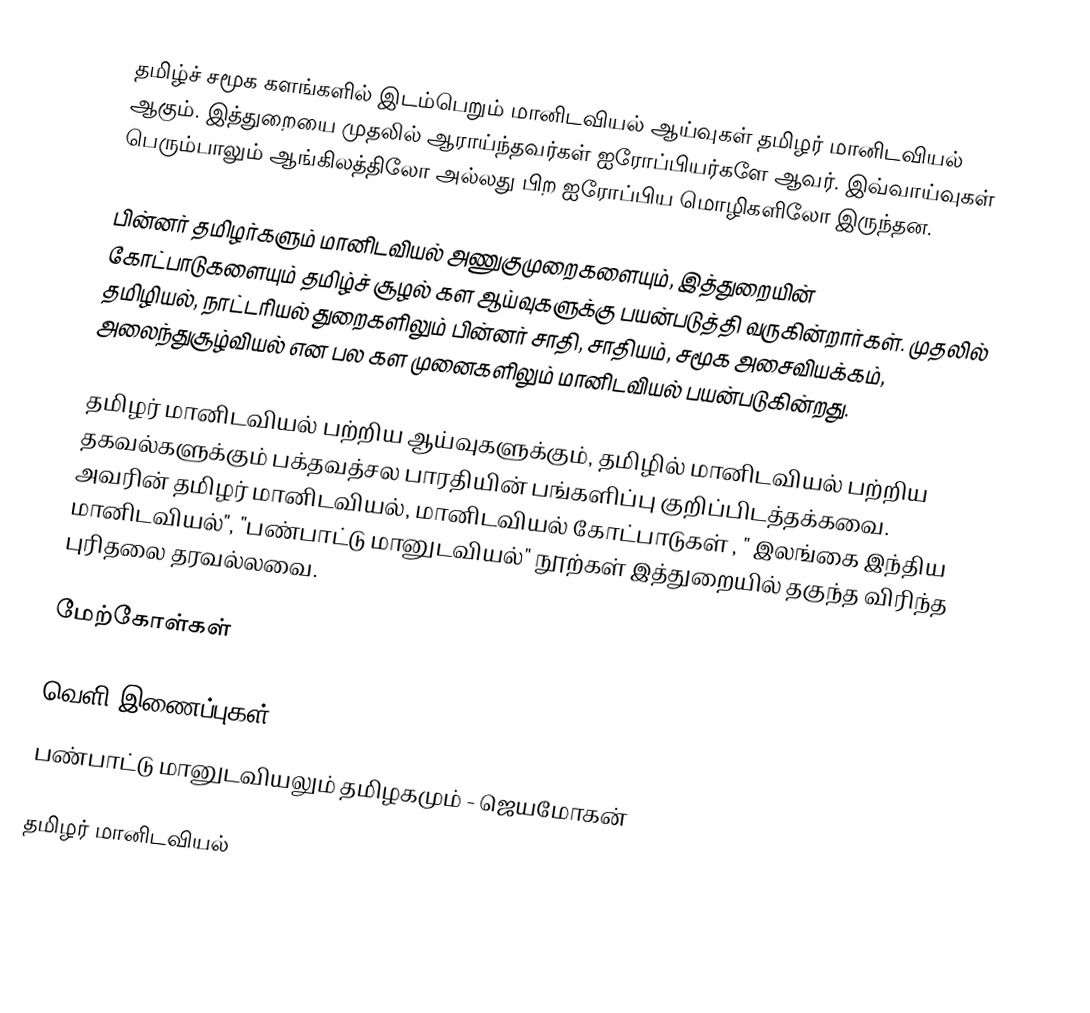
தமிழ்ச் சமூக களங்களில் இடம்பெறும் மானிடவியல் ஆய்வுகள் தமிழர் மானிடவியல் ஆகும்.  இத்துறையை முதலில் ஆராய்ந்தவர்கள் ஐரோப்பியர்களே ஆவர்.  இவ்வாய்வுகள் பெரும்பாலும் ஆங்கிலத்திலோ அல்லது பிற ஐரோப்பிய மொழிகளிலோ இருந்தன.

பின்னர் தமிழர்களும் மானிடவியல் அணுகுமுறைகளையும், இத்துறையின் கோட்பாடுகளையும் தமிழ்ச் சூழல் கள ஆய்வுகளுக்கு பயன்படுத்தி வருகின்றார்கள்.  முதலில் தமிழியல், நாட்டரியல் துறைகளிலும் பின்னர் சாதி, சாதியம், சமூக அசைவியக்கம், அலைந்துசூழ்வியல் என பல கள முனைகளிலும் மானிடவியல் பயன்படுகின்றது.

தமிழர் மானிடவியல் பற்றிய ஆய்வுகளுக்கும், தமிழில் மானிடவியல் பற்றிய தகவல்களுக்கும் பக்தவத்சல பாரதியின் பங்களிப்பு குறிப்பிடத்தக்கவை.  அவரின் தமிழர் மானிடவியல், மானிடவியல் கோட்பாடுகள் , " இலங்கை இந்திய மானிடவியல்", "பண்பாட்டு மானுடவியல்" நூற்கள் இத்துறையில் தகுந்த விரிந்த புரிதலை தரவல்லவை.

மேற்கோள்கள்

வெளி இணைப்புகள்
 பண்பாட்டு மானுடவியலும் தமிழகமும் - ஜெயமோகன்

தமிழர் மானிடவியல்